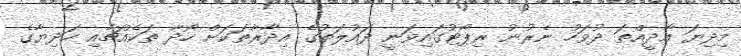
މިދިޔަ އާދީއްތަ ދުވަހު ނެރުނު ރިޕޯޓުގައިވަނީ ދައުލަތުގެ އިދާރާތަކަށް ހޯދާ ތަކެއްޗާއި ހަދިޔާގެ